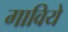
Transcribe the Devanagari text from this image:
गाविये